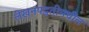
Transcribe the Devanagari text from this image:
लेखनपद्धतीमधील